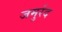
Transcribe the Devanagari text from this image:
जमुर्रद